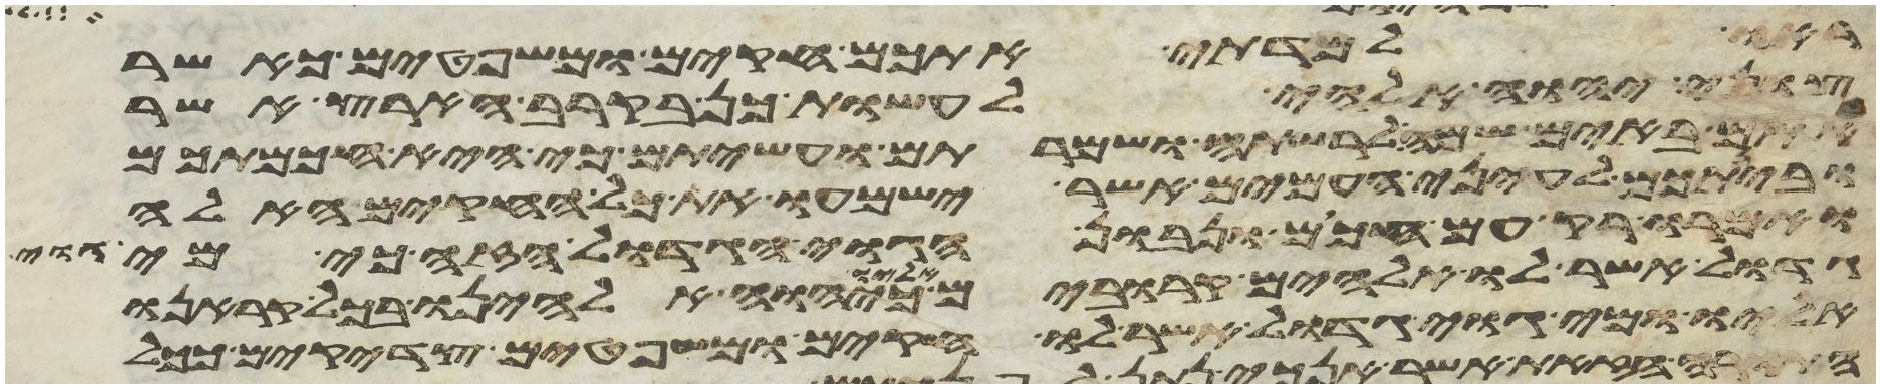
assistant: ראו למדתי אתכם חקים ומשפטים כאשר
צוני יהוה אלהי לעשות כן בקרב הארץ אשר
אתם באים שמה לרשתה ושמרתם ועשיתם כי היא חכמתכם
ובינתכם לעיני העמים אשר ישמעו את כל החקים האלה
ואמרו רק עם חכום ונבון הגוי הגדול הזה כי מי גוי
גדול אשר לו אלהים קרובים אליו כיהוה אלהינו בכל קראנו
אליו ומי גוי גדול אשר לו חקים ומשפטים צדקים ככל